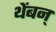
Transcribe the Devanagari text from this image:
थेंबन्